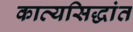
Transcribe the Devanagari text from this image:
काव्यसिद्धांत